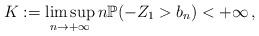
LaTeX: \begin{align*}K:=\limsup_{n\rightarrow +\infty} n\mathbb P(-Z_1>b_n)<+\infty\, ,\end{align*}